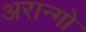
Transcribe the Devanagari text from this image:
अरान्गो